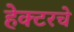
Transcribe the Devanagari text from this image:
हेक्टरचे